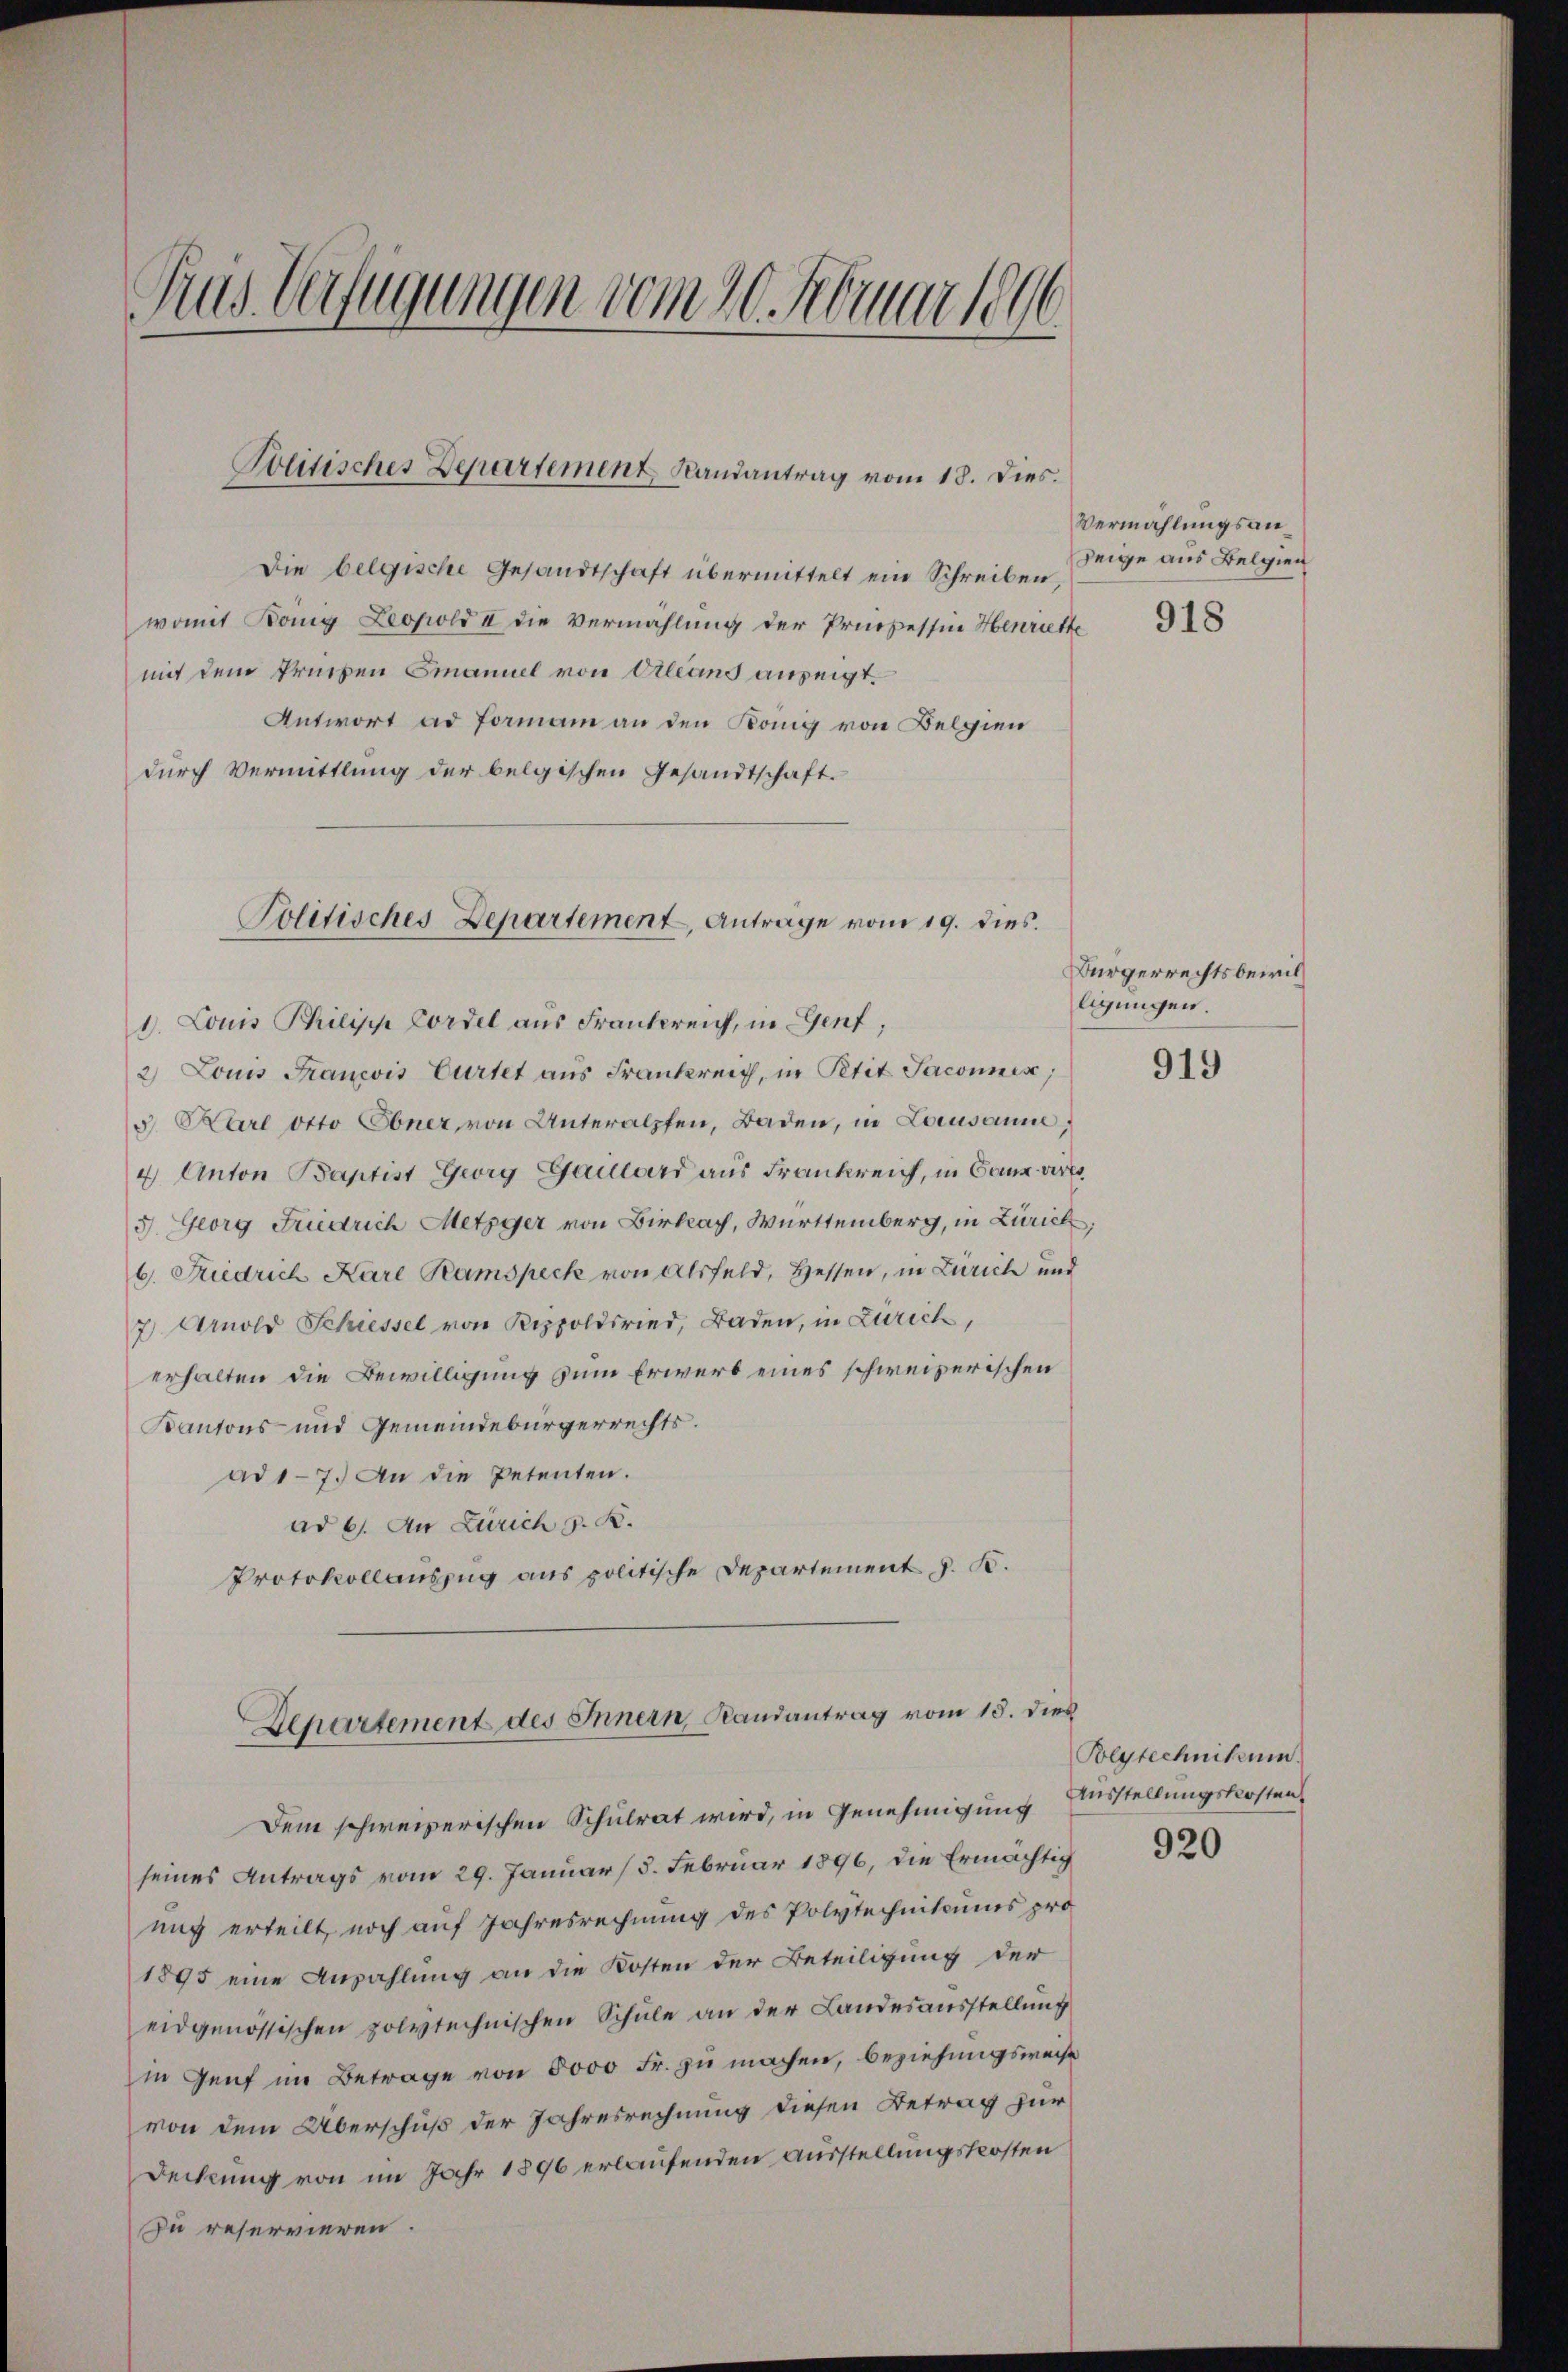
Die belgische Gesandtschaft übermittelt ein Schreiben,
womit Bonnig Leopold II die Vermählung der Prozessin Henriette 18
mit dem Prechen Emanuel von Orleans anzeigt.
Antwort ad Forman an den König von Belgien
durch Vermittlung der belgischen Gesandtschaft.
1. Louis Philipp Cordel aus Frankreich, in Genf,
2) Louis Francois Curtet aus Frankreich, in Petit Jacomnis,
5. Karl Otto Ebner, von Unteralpfen, Baden, in Lausanne,
4 Anton Baptist Georg Gaillard aus Frankreich, in Ganz wir
3. Georg Fridrich Metzger von Birka, Württemberg, in Zürich
b. Fridrich Karl Ramspeck von Alsfeld, Hessen, in Zürich und
z Arnold Schiessel von Rippoldsried, Baden, in Zürich,
erhalten die Bewilligung zum Erwerb eines schweizerischen
Kantons- und Gemeindebürgerrechts.
ad 17. An die Petenten.
ad 6. An Zürich z. B.
Protokollauszug aus politische Departement z. B.
Departement des Innern, Randantrag vom 15. dies
Dem schweizerischen Schulrat wird, in Genehmigung Ausstellungskosten
seines Antrags vom 29. Januar (5. Februar 1896, die Ermächtig
nig erteilt, noch auf Jahresrechnung des Polytechnikums pro
1895 eine Anzahlung an die Kosten der Beteiligung der
eidgenössischen polytechnischen Schule an der Landesausstellung
in Genf im Betrage von 6000 Fr. zu machen, beziehungsweise
von dem Überschuß der Jahresrechnung diesen Betrag zur
Deckung von im Jahr 1896 erlaufenden Ausstellungskosten
zu reservieren.

Trus Verfügungen vom 20. Februar 1896

Politisches Departement Landantrag vom 18. Dies

Politisches Departement, Anträge vom 19. dies

Vermählungsanzeige aus Belgien

Bürgerrechtsbewilligungen.

919

Polytechnikum.

920